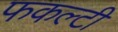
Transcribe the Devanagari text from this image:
फकल्टी